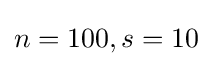
n=100,s=10